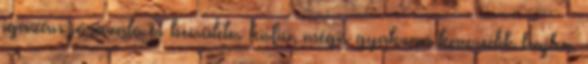
igazán jóravaló és becsületes kisfiú, mégis gyakran keveredik bajba.